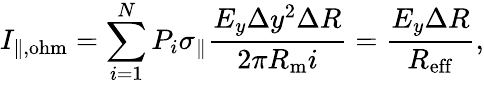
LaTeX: I_{\| ,\mathrm{ohm}}=\sum_{i=1}^{N}P_{i}\sigma_{\| }\frac{E_{y}\Delta y^{2}\Delta R}{2\pi R_{\mathrm{m}}i}=\frac{E_{y}\Delta R}{R_{\mathrm{eff}}},